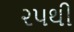
૨૫થી